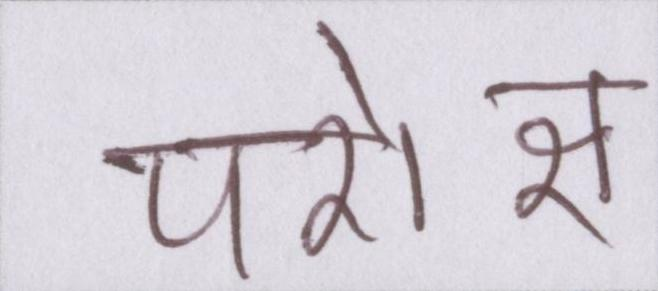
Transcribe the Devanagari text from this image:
परोक्ष